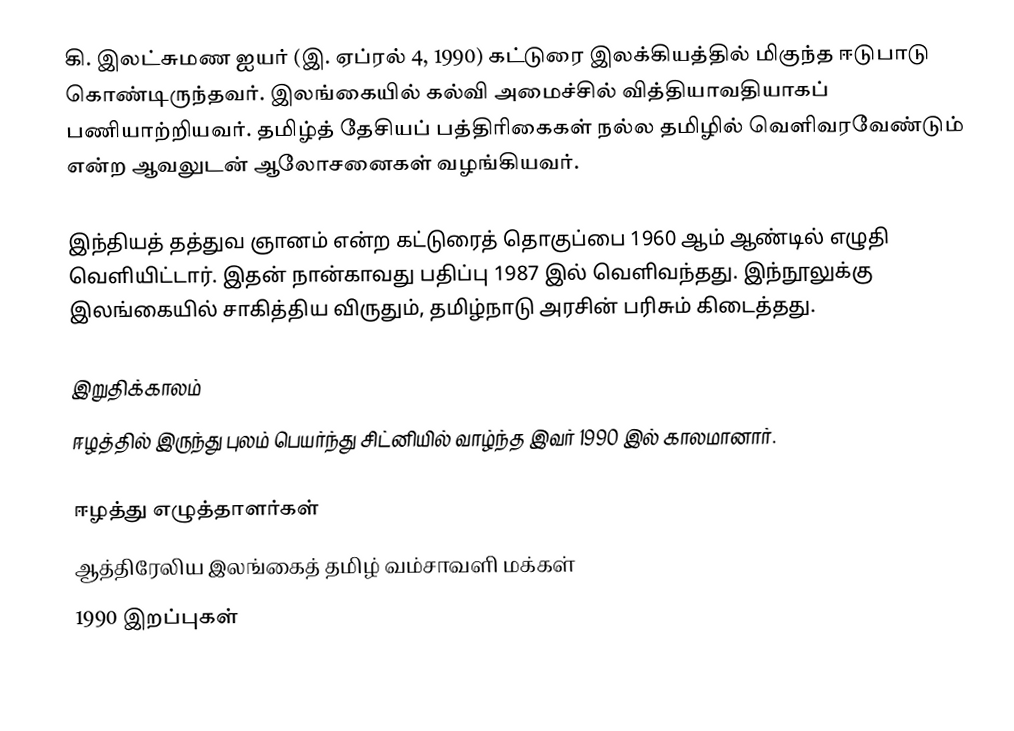
கி. இலட்சுமண ஐயர் (இ. ஏப்ரல் 4, 1990) கட்டுரை இலக்கியத்தில் மிகுந்த ஈடுபாடு கொண்டிருந்தவர். இலங்கையில் கல்வி அமைச்சில் வித்தியாவதியாகப் பணியாற்றியவர். தமிழ்த் தேசியப் பத்திரிகைகள் நல்ல தமிழில் வெளிவரவேண்டும் என்ற ஆவலுடன் ஆலோசனைகள் வழங்கியவர்.

இந்தியத் தத்துவ ஞானம் என்ற கட்டுரைத் தொகுப்பை 1960 ஆம் ஆண்டில் எழுதி வெளியிட்டார். இதன் நான்காவது பதிப்பு 1987 இல் வெளிவந்தது. இந்நூலுக்கு இலங்கையில் சாகித்திய விருதும், தமிழ்நாடு அரசின் பரிசும் கிடைத்தது.

இறுதிக்காலம்
ஈழத்தில் இருந்து புலம் பெயர்ந்து சிட்னியில் வாழ்ந்த இவர் 1990 இல் காலமானார்.

ஈழத்து எழுத்தாளர்கள்
ஆத்திரேலிய இலங்கைத் தமிழ் வம்சாவளி மக்கள்
1990 இறப்புகள்